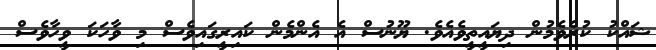
ޝައްކު ކުރެވެމުން ދިޔައީތީވެއެވެ. ޔޫނުސް އެ އެންމެން ކައިރީގައިވެސް މި ވާހަކަ ވީހާވެސް